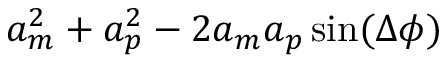
a _ { m } ^ { 2 } + a _ { p } ^ { 2 } - 2 a _ { m } a _ { p } \sin ( \Delta \phi )